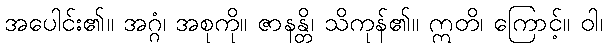
အပေါင်း၏။ အဂ္ဂံ၊ အစုကို။ ဇာနန္တိ၊ သိကုန်၏။ ဣတိ၊ ကြောင့်။ ဝါ၊